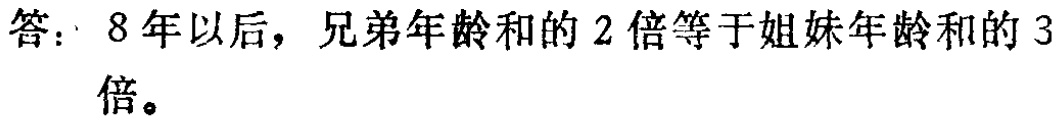
答：8 年以后，兄弟年龄和的 2 倍等于姐妹年龄和的 3 倍。